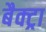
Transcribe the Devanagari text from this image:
बैक्ट्रा